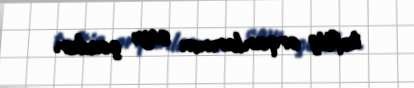
təftiş orqanlarının sayı çoxdur.